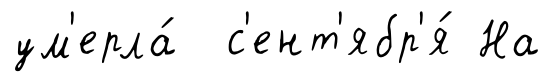
ум'ерла́ с'ент'ябр'я́ На